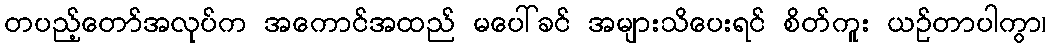
တပည့်တော်အလုပ်က အကောင်အထည် မပေါ်ခင် အများသိပေးရင် စိတ်ကူး ယဉ်တာပါကွာ၊